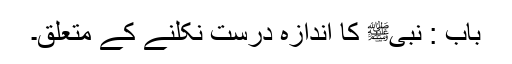
باب : نبیﷺ کا اندازہ درست نکلنے کے متعلق۔